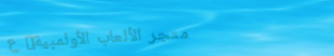
متجر الألعاب الأولمبية: ع